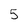
Character: 5